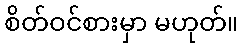
စိတ်ဝင်စားမှာ မဟုတ်။